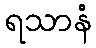
ရသာနံ